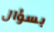
بسؤال